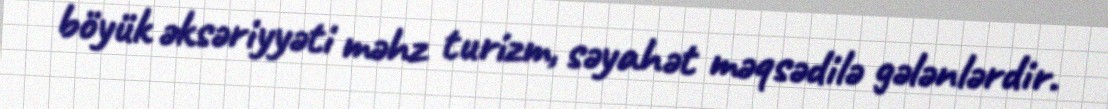
böyük əksəriyyəti məhz turizm, səyahət məqsədilə gələnlərdir.